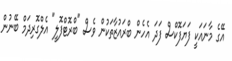
އޭގެ މާނައަކީ ފަޔަފޮކްސް ފަދަ އެހެން ބްރައުޒާތަކުން ވެސް "ބްރޮޓްފޮލީ" އެލްގޮރިދަމް ބޭނުން